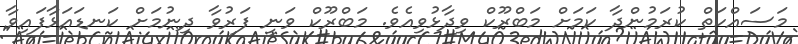
މަސައްކަތް ކުރަމުންދާ ކަމަށް މަބްރޫކް ވިދާޅުވިއެވެ. މަބްރޫކް ވަނީ ފަރުވާ ދިނުމަށް ކަނޑައަޅާފައިވާ